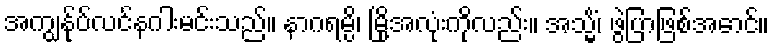
အကျွန်ုပ်လင်နဂါးမင်းသည်။ နာဂရမ္ပိ၊ မြို့အလုံးကိုလည်း။ အသ္မိံ၊ ဖွဲပြာဖြစ်အောင်။